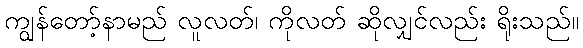
ကျွန်တော့်နာမည် လူလတ်၊ ကိုလတ် ဆိုလျှင်လည်း ရိုးသည်။